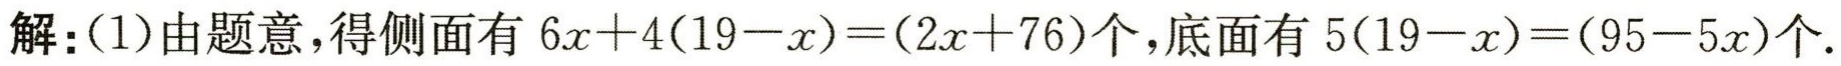
解：(1)由题意，得侧面有 \(6x + 4(19 - x)=(2x + 76)\)个，底面有 \(5(19 - x)=(95 - 5x)\)个.